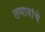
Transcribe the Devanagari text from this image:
तणावांचे